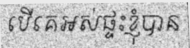
បើគេអស់ផ្ទះខ្ញុំបាន